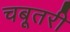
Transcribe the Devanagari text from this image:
चबूतरी